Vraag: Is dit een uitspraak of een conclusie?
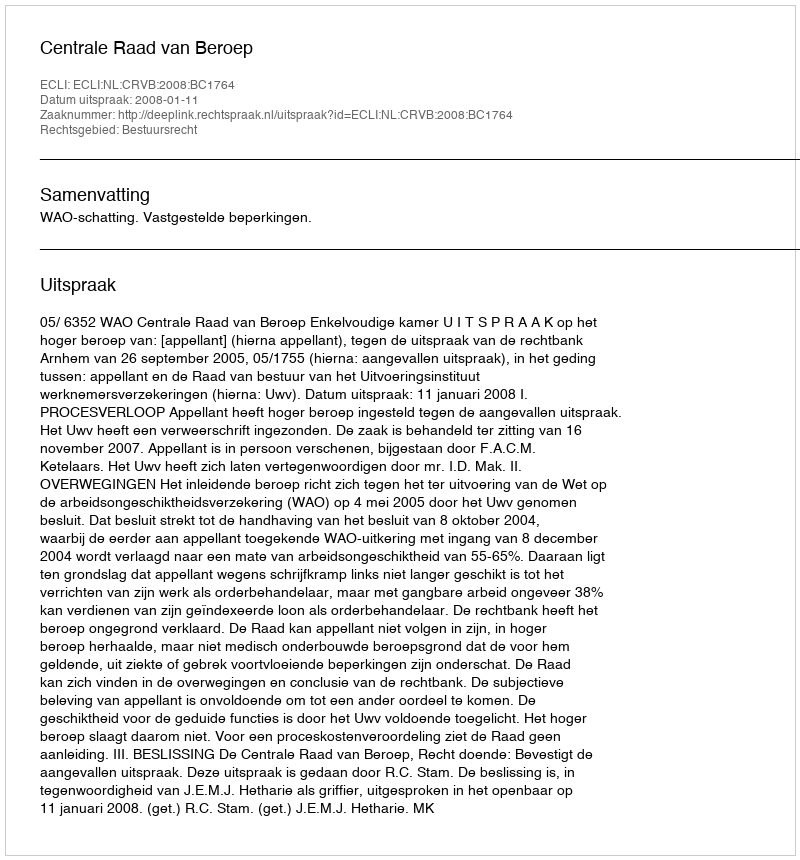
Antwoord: Uitspraak